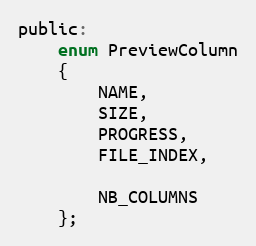
Language: C
public:
    enum PreviewColumn
    {
        NAME,
        SIZE,
        PROGRESS,
        FILE_INDEX,

        NB_COLUMNS
    };